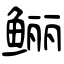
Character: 鲡